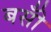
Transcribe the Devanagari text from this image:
बसोँ